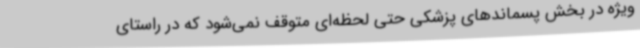
ویژه در بخش پسماندهای پزشکی حتی لحظه‌ای متوقف نمی‌شود که در راستای